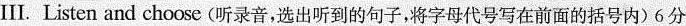
Ⅲ.Listen and choose (听录音,选出听到的句子,将字母代号写在前面的括号内)6分